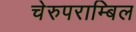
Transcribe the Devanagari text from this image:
चेरुपराम्बिल